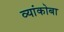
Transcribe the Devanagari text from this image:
व्यांकोबा